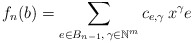
\begin{align*}f_n(b)=\sum_{e\in B_{n-1},\, \gamma\in\mathbb N^m }c_{e,\gamma}\, x^\gamma e\end{align*}